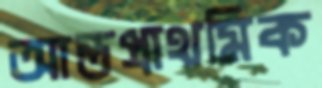
আন্তপ্রাথমিক